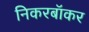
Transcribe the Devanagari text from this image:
निकरबॉकर